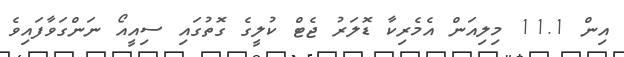
އިން 11.1 މިލިއަން އެމެރިކާ ޑޮލަރު ޖެޓް ކުލީގެ ގޮތުގައި ސިއީއޯ ނަންގަވާފައިވެ